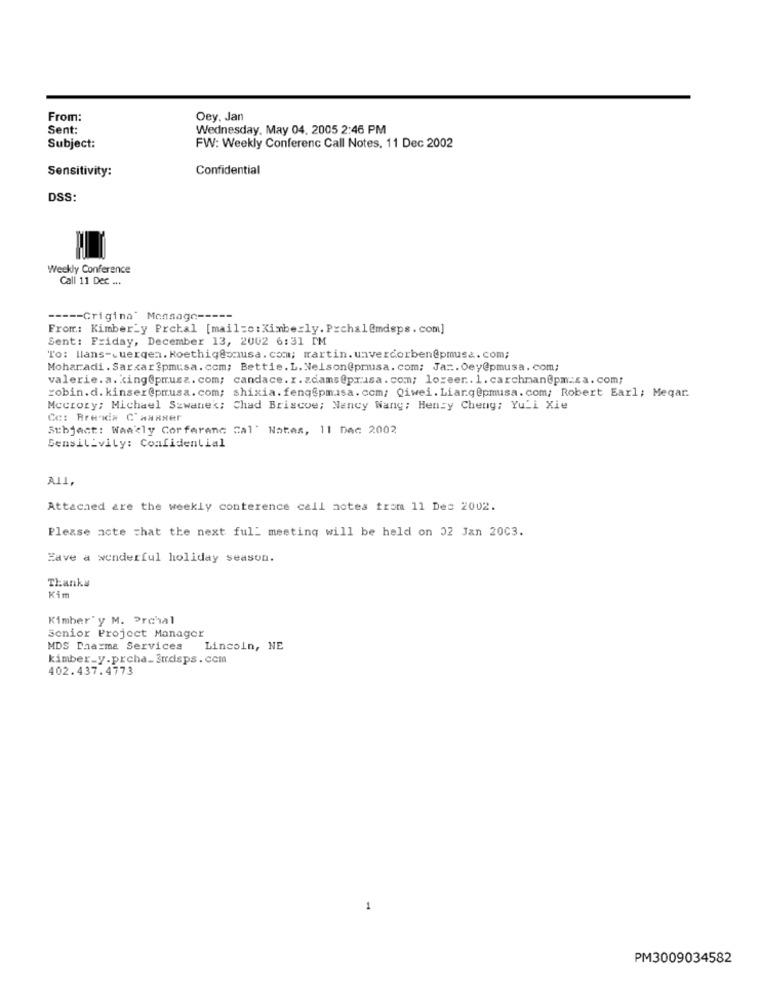
From:
Oey. Jan
Sent:
Wednesday, May 04. 2005 2:46 PM
Subject:
FW: Weekly Conferenc Call Notes, 11 Dec 2002
Sensitivity:
Confidential
DSS:
Weekly Conference
Call 11 Dec ...
----- Crigina" Monsago -----
From: Kimberly Prchal [mail=o:Kimberly. Prchal@mdsps. com]
Sent: Friday, December 13, 2002 6:31 PM
To: llans-cuerqen. Koethiq@omusa. com; martin. unverdorben@pmusa.com;
Moharadi. Sarcar?pmusa. com; Bettie. L. Nelson@pmiusa. com; Ja :. Oey@pmusa. com;
valerie. a. king@pmrusz. com; candace.r.zdams@prusa.com; loreer .. 1. carchman@pm-za. com;
robin.d. kinser@pmrusa. com; shixia. fenq@pmusa.com; Qiwei. Liarg@pmusa. com; Robert Earl; Megar.
Mccrory; Michael Szwanek; Chad Briscoe; Nancy Wang: Henry Cheng; Yuli Xie
Ce: Brenda C'wasser
Subject: Weekly Corferenc Cal" Notes, 11 Dec 2002
Sensitivity: Confidential
All,
Attached are the weekly conterence call actes from 11 Des 2002.
Please acte chat the next full meeting will be held on 02 Jan 2003.
Eave a wonderful holiday season.
Thanks
Kimber' y M. Prchal
Senior Project Manager
MDS Dharma Services
Lincoln, NE
kimber_y.prcha_Endsps. com
402.437.4773
1
PM3009034582